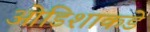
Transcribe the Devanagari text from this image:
ओडिशाकडे